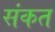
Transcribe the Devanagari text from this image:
संकत